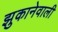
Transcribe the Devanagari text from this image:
झुकानेवाली